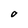
Character: O